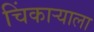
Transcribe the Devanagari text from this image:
चिंकाऱ्याला